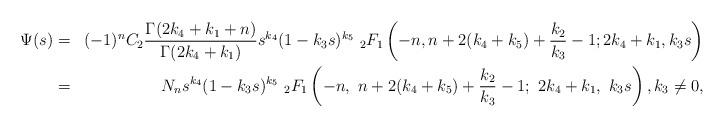
LaTeX: \begin{align*}\Psi(s)&=&(-1)^nC_2\frac{\Gamma(2k_4+k_1+n)}{\Gamma(2k_4+k_1)}s^{k_4}(1-k_3s)^{k_5}\ _2F_1\left(-n, n+2(k_4+k_5)+\frac{k_2}{k_3}-1; 2k_4+k_1, k_3s\right)\\&=&N_ns^{k_4}(1-k_3s)^{k_5}\ _2F_1\left(-n,\ n+2(k_4+k_5)+\frac{k_2}{k_3}-1;\ 2k_4+k_1,\ k_3s\right), k_{3} \ne 0,\end{align*}